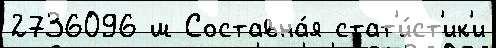
2736096 ш Составна́я стат'и́ст'ик'и